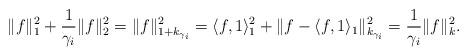
LaTeX: \begin{align*}\|f\|_1^2 + \frac{1}{\gamma_i} \|f\|_2^2 =\|f\|_{1+ k_{\gamma_i}}^2 =\langle f,1 \rangle_1^2 + \| f - \langle f,1 \rangle_1\|_{k_{\gamma_i}}^2= \frac{1}{\gamma_i} \|f\|_k^2.\end{align*}